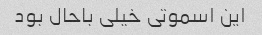
این اسموتی خیلی باحال بود